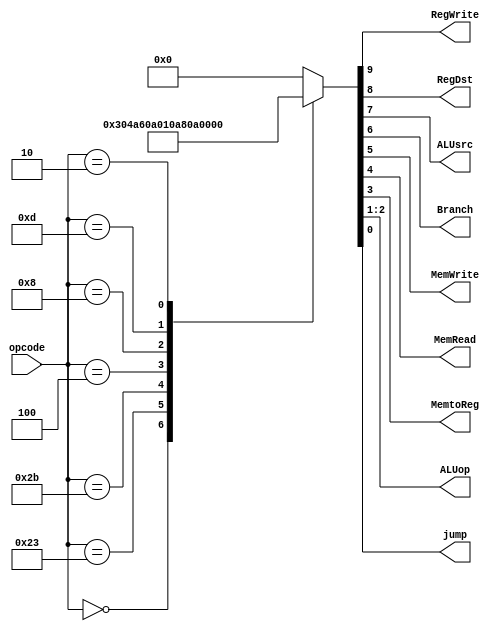
module control(opcode, RegWrite, RegDst, ALUsrc, Branch, MemWrite, MemRead, MemtoReg, ALUop, jump);

input[5:0] opcode;

output RegWrite, RegDst, ALUsrc, Branch, MemWrite, MemRead, MemtoReg, jump;
output[1:0] ALUop;

reg[9:0] control_seq;

always@(opcode) begin	// calculate the control sequence
    case(opcode)
        6'b000000: control_seq = 10'b1100000100;	// R-type
        6'b100011: control_seq = 10'b1010011000;	// lw
        6'b101011: control_seq = 10'b0010100000;	// sw
        6'b000100: control_seq = 10'b0001000010;	// beq
        6'b001000: control_seq = 10'b1010000000;	// addi
        6'b001101: control_seq = 10'b1010000110;	// ori
        6'b000010: control_seq = 10'b0000000001;	// j
        default: control_seq = 10'b0;
    endcase
end

/* assign the control value */
assign RegWrite = control_seq[9];
assign RegDst = control_seq[8];
assign ALUsrc = control_seq[7];
assign Branch = control_seq[6];
assign MemWrite = control_seq[5];
assign MemRead = control_seq[4];
assign MemtoReg = control_seq[3];
assign ALUop = control_seq[2:1];
assign jump = control_seq[0];

endmodule